Inquiry into the circumstances attending an outbreak of cholera in H. M.'s 18th Hussars at Secunderabad in the month of May
Year: 1871
Disease focus: Cholera
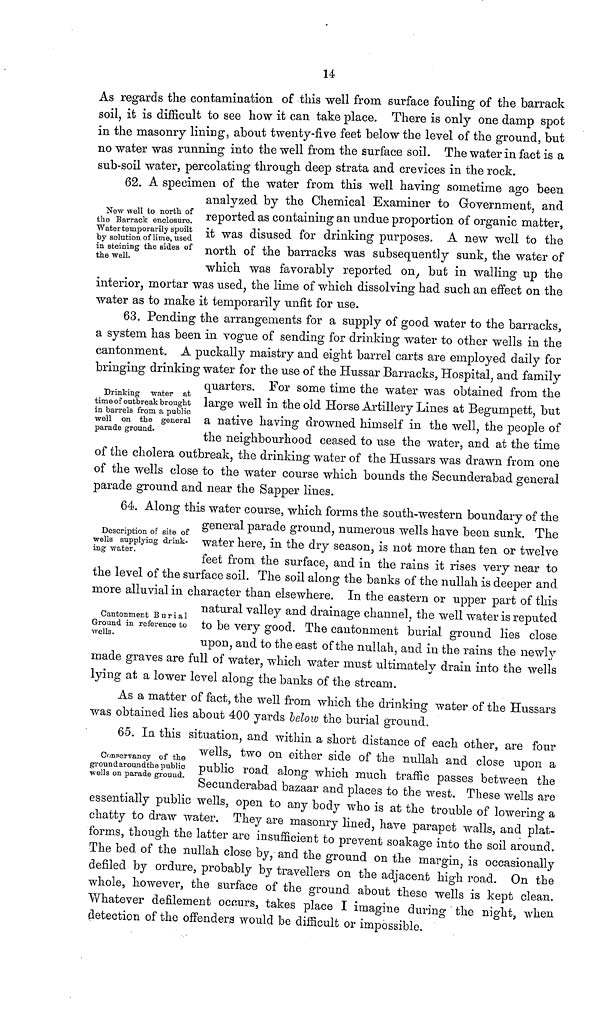
14
As regards the contamination of this well from surface fouling of the barrack
soil it is difficult to see how it can take place. There is only one damp spot
in the masonry lining, about twenty-five feet below the level of the ground, but
no water was running into the well from the surface soil. The water in fact is a
sub-soil water, percolating through deep strata and crevices in the rock.
New well to north of
the Barrack enclosure.
Water temporarily spoilt
by solution of lime, used
in steining the sides of
the well.
62. A specimen of the water from this well having sometime ago been
analyzed by the Chemical Examiner to Government, and
reported as containing an undue proportion of organic matter,
it was disused for drinking purposes. A new well to the
north of the barracks was subsequently sunk, the water of
which was favorably reported on, but in walling up the
interior, mortar was used, the lime of which dissolving had such an effect on the
water as to make it temporarily unfit for use.
Drinking water at
time of outbreak brought
in barrels from a public
well on the general
parade ground.
63. Pending the arrangements for a supply of good water to the barracks,
a system has been in vogue of sending for drinking water to other wells in the
cantonment. A puckally maistry and eight barrel carts are employed daily for
bringing drinking water for the use of the Hussar Barracks, Hospital, and family
quarters. For some time the water was obtained from the
large well in the old Horse Artillery Lines at Begumpett, but
a native having drowned himself in the well, the people of
the neighbourhood ceased to use the water, and at the time
of the cholera outbreak, the drinking water of the Hussars was drawn from one
of the wells close to the water course which bounds the Secunderabad general
parade ground and near the Sapper lines.
Description of site of
wells supplying drink-
ing water.
64. Along this water course, which forms the south-western boundary of the
general parade ground, numerous wells have been sunk. The
water here, in the dry season, is not more than ten or twelve
feet from the surface, and in the rains it rises very near to
t
the level
more alluvial in character than elsewhere. In the eastern or tipper part of this
natural valley and drainage channel, the well water is reputed
to be very good. The cantonment burial ground lies close
upon, and to the east of the nullah, and in the rains the newly
made graves are full of water, which water must ultimately drain into the wells
lying at a lower level along the banks of the stream.
Cantonment Burial
Ground in reference to
wells.
As a matter of fact, the well from which the drinking water of the Hussars
was obtained lies about 400 yards below the burial ground.
Conservancy of the
groundaroundthe public
wells on parade ground.
65. In this situation, and within a short distance of each other, are four
wells, two on either side of the nullah and close upon a
public road along which much traffic passes between the
Secunderabad bazaar and places to the west. These wells are
essentially public wells, open to any body who is at the trouble of lowering a
chatty to draw water. They are masonry lined, have parapet walls, and plat-
forms, though the latter are insufficient to prevent soakage into the soil around.
The bed of the nullah close by, and the ground on the margin, is occasionally
defiled by ordure, probably by travellers on the adjacent high road. On the
whole, however, the surface of the ground about these wells is kept clean.
Whatever defilement occurs, takes place I imagine during the night, when
detection of the offenders would be difficult or impossible.